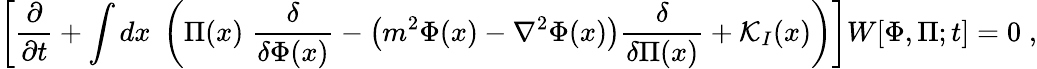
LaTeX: \left[{\frac{\partial}{\partial t}}+\int dx\; \left(\Pi(x)\; {\frac{\delta}{\delta\Phi(x)}}-\big(m^{2}\Phi(x)-\nabla^{2}\Phi(x)\big){\frac{\delta}{\delta\Pi(x)}}+{\cal K}_{I}(x)\right)\right]W[\Phi,\Pi;t]=0\; ,